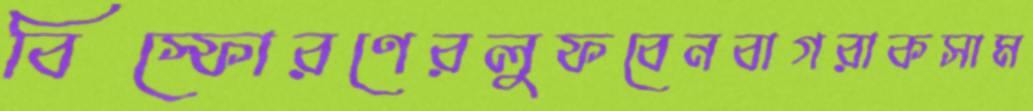
বিস্ফোরণেরলুফবেনবাগরাকসাম